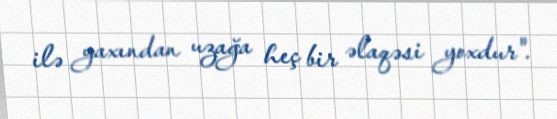
ilə yaxından uzağa heç bir əlaqəsi yoxdur".